Problem: 1 - 1 = ?
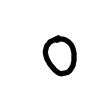
Handwritten answer: 0